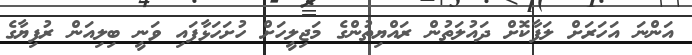
އަންނަ އަހަރަށް ލަފާކޮށް ދައުލަތުން ރައްޔިތުންގެ މަޖިލީހަށް ހުށަހަޅާފައި ވަނީ ބިލިއަން ރުފިޔާގެ